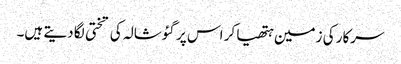
سرکار کی زمین ہتھیا کر اس پر گئوشالہ کی تختی لگا دیتے ہیں۔